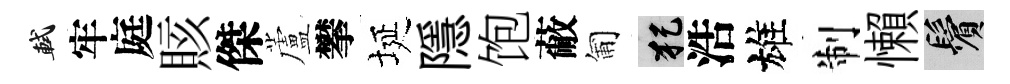
軾牢庭賅傑蘆攀埏隱饱蔽匍犯浩雄制懶鬢